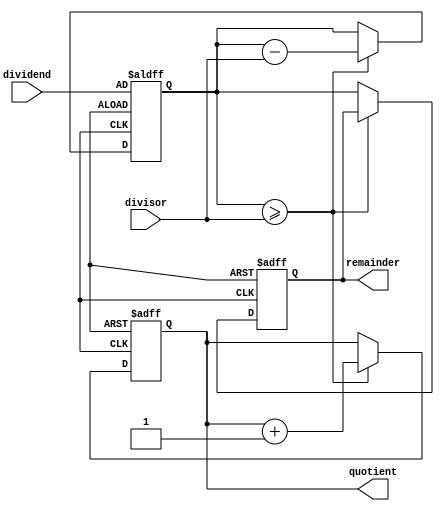
module BinaryDivider (
    input [7:0] dividend,
    input [7:0] divisor,
    output reg [7:0] quotient,
    output reg [7:0] remainder
);

reg [7:0] temp_dividend;

always @ (posedge clk or posedge reset) begin
    if (reset) begin
        quotient <= 8'd0;
        remainder <= 8'd0;
        temp_dividend <= dividend;
    end else begin
        if (temp_dividend >= divisor) begin
            temp_dividend <= temp_dividend - divisor;
            quotient <= quotient + 1;
        end else begin
            remainder <= temp_dividend;
        end
    end
end

endmodule